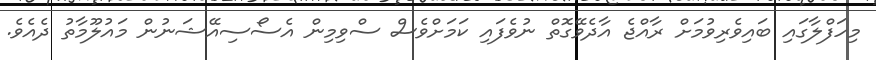
މިހަފްލާގައި ބައިވެރިވުމަށް ރާއްޖެ އާދެވޭގޮތް ނުވެފައި ކަމަށްވެސް ސްވިމިން އެސޯސިއޭޝަނުން މައުލޫމާތު ދެއެވެ.